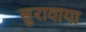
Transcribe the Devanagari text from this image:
सुरावाया